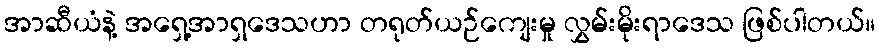
အာဆီယံနဲ့ အရှေ့အာရှဒေသဟာ တရုတ်ယဉ်ကျေးမှု လွှမ်းမိုးရာဒေသ ဖြစ်ပါတယ်။